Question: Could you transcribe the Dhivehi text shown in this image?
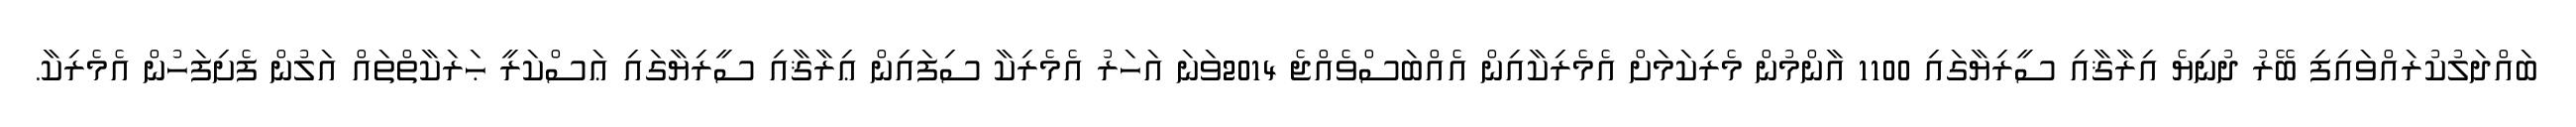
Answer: ބައްދަލުކުރައްވައިފި ބޭރު ދުނިޔެ އިރާޤާއި ސީރިޔާގައި 1100 އާންމުން މެރިކަމަށް އެމެރިކާއިން އެއްބަސްވެއްޖެ 2014ވަނަ އަހަރު އެމެރިކާ ސިފައިން ޢިރާޤާއި ސީރިޔާގައި ޢަސްކަރީ ޙަރަކާތްތައް އަލުން ފެށިފަހުން އެމެރިކާ.